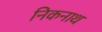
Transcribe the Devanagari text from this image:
निकनाथ